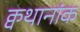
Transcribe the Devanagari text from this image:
क्वथानांक